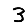
Digit: 3